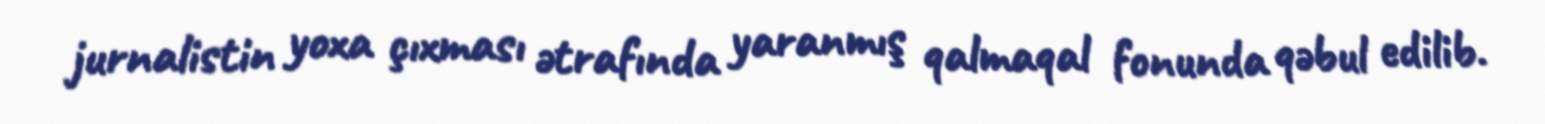
jurnalistin yoxa çıxması ətrafında yaranmış qalmaqal fonunda qəbul edilib.